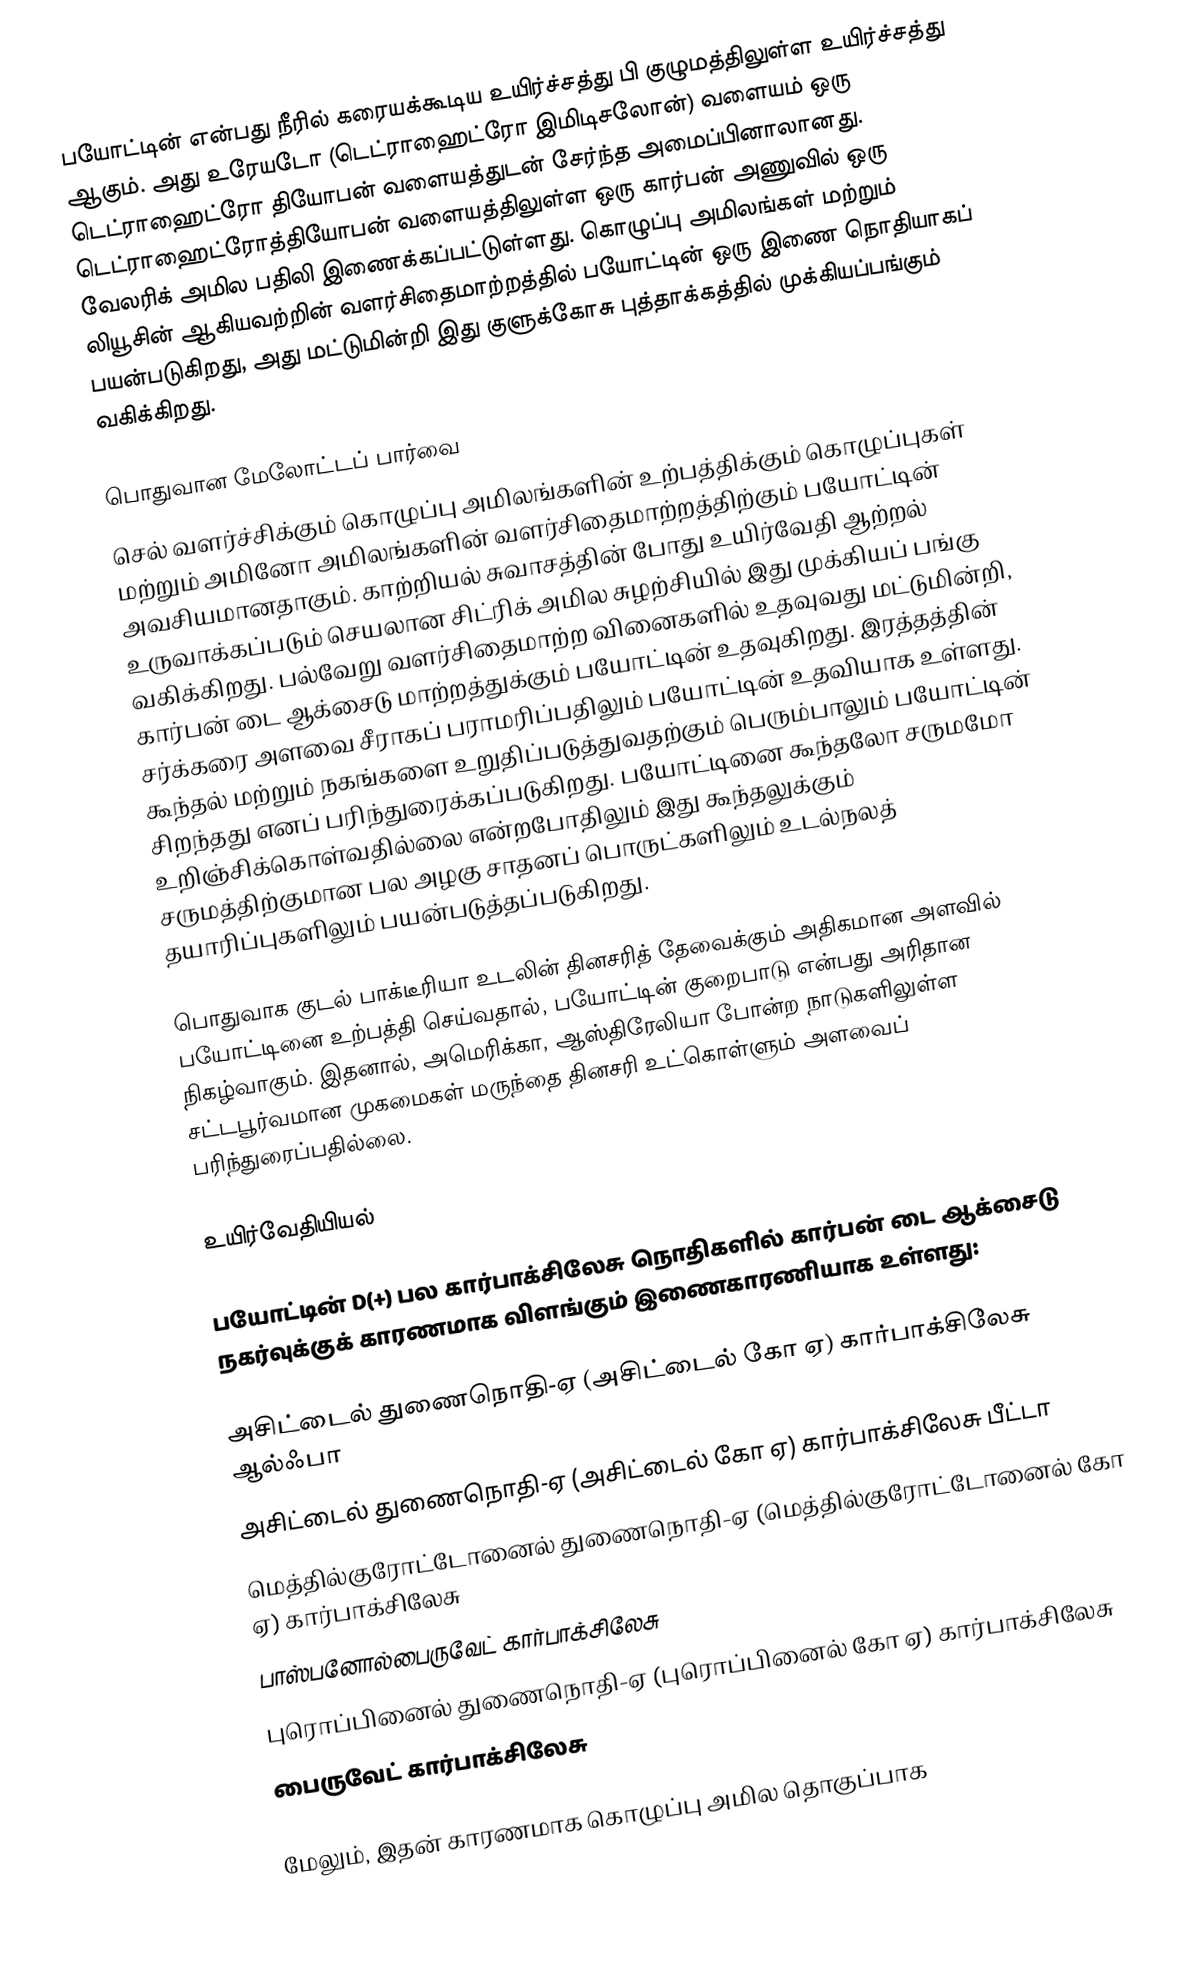
பயோட்டின்  என்பது நீரில் கரையக்கூடிய உயிர்ச்சத்து பி குழுமத்திலுள்ள உயிர்ச்சத்து ஆகும். அது உரேயடோ (டெட்ராஹைட்ரோ இமிடிசலோன்) வளையம் ஒரு டெட்ராஹைட்ரோ தியோபன் வளையத்துடன் சேர்ந்த அமைப்பினாலானது. டெட்ராஹைட்ரோத்தியோபன் வளையத்திலுள்ள ஒரு கார்பன் அணுவில் ஒரு வேலரிக் அமில பதிலி இணைக்கப்பட்டுள்ளது. கொழுப்பு அமிலங்கள் மற்றும் லியூசின் ஆகியவற்றின் வளர்சிதைமாற்றத்தில் பயோட்டின் ஒரு இணை நொதியாகப் பயன்படுகிறது, அது மட்டுமின்றி இது  குளுக்கோசு புத்தாக்கத்தில் முக்கியப்பங்கும் வகிக்கிறது.

பொதுவான மேலோட்டப் பார்வை
செல் வளர்ச்சிக்கும் கொழுப்பு அமிலங்களின் உற்பத்திக்கும் கொழுப்புகள் மற்றும் அமினோ அமிலங்களின் வளர்சிதைமாற்றத்திற்கும் பயோட்டின் அவசியமானதாகும். காற்றியல் சுவாசத்தின் போது உயிர்வேதி ஆற்றல் உருவாக்கப்படும் செயலான சிட்ரிக் அமில சுழற்சியில் இது முக்கியப் பங்கு வகிக்கிறது. பல்வேறு வளர்சிதைமாற்ற வினைகளில் உதவுவது மட்டுமின்றி, கார்பன் டை ஆக்சைடு மாற்றத்துக்கும் பயோட்டின் உதவுகிறது. இரத்தத்தின் சர்க்கரை அளவை சீராகப் பராமரிப்பதிலும் பயோட்டின் உதவியாக உள்ளது. கூந்தல் மற்றும் நகங்களை உறுதிப்படுத்துவதற்கும் பெரும்பாலும் பயோட்டின் சிறந்தது எனப் பரிந்துரைக்கப்படுகிறது. பயோட்டினை கூந்தலோ சருமமோ உறிஞ்சிக்கொள்வதில்லை என்றபோதிலும் இது கூந்தலுக்கும் சருமத்திற்குமான பல அழகு சாதனப் பொருட்களிலும் உடல்நலத் தயாரிப்புகளிலும் பயன்படுத்தப்படுகிறது.

பொதுவாக குடல் பாக்டீரியா உடலின் தினசரித் தேவைக்கும் அதிகமான அளவில் பயோட்டினை உற்பத்தி செய்வதால், பயோட்டின் குறைபாடு என்பது அரிதான நிகழ்வாகும். இதனால், அமெரிக்கா, ஆஸ்திரேலியா போன்ற நாடுகளிலுள்ள சட்டபூர்வமான முகமைகள் மருந்தை தினசரி உட்கொள்ளும் அளவைப் பரிந்துரைப்பதில்லை.

உயிர்வேதியியல்

பயோட்டின் D(+) பல கார்பாக்சிலேசு நொதிகளில் கார்பன் டை ஆக்சைடு நகர்வுக்குக் காரணமாக விளங்கும் இணைகாரணியாக உள்ளது:

 அசிட்டைல் துணைநொதி-ஏ (அசிட்டைல் கோ ஏ) கார்பாக்சிலேசு ஆல்ஃபா
 அசிட்டைல் துணைநொதி-ஏ (அசிட்டைல் கோ ஏ) கார்பாக்சிலேசு பீட்டா
 மெத்தில்குரோட்டோனைல் துணைநொதி-ஏ (மெத்தில்குரோட்டோனைல் கோ ஏ) கார்பாக்சிலேசு
 பாஸ்பனோல்பைருவேட் கார்பாக்சிலேசு
 புரொப்பினைல் துணைநொதி-ஏ (புரொப்பினைல் கோ ஏ) கார்பாக்சிலேசு
 பைருவேட் கார்பாக்சிலேசு

மேலும், இதன் காரணமாக கொழுப்பு அமில தொகுப்பாக